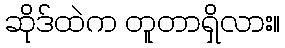
ဆိုဒ်ထဲက တူတာရှိလား။